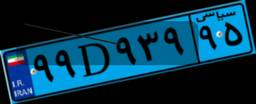
۹۵D۲۴۸۵۷